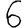
Digit: 6